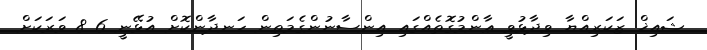
ޝައިޚް ޒަކަރިއްޔާ ވިދާޅުވީ ޢާންމުގޮތެއްގައި އިންސާނުންގެމަތިން ހަނދާންކޮށް އުޅޭނީ 6 8 ވަރަކަށް